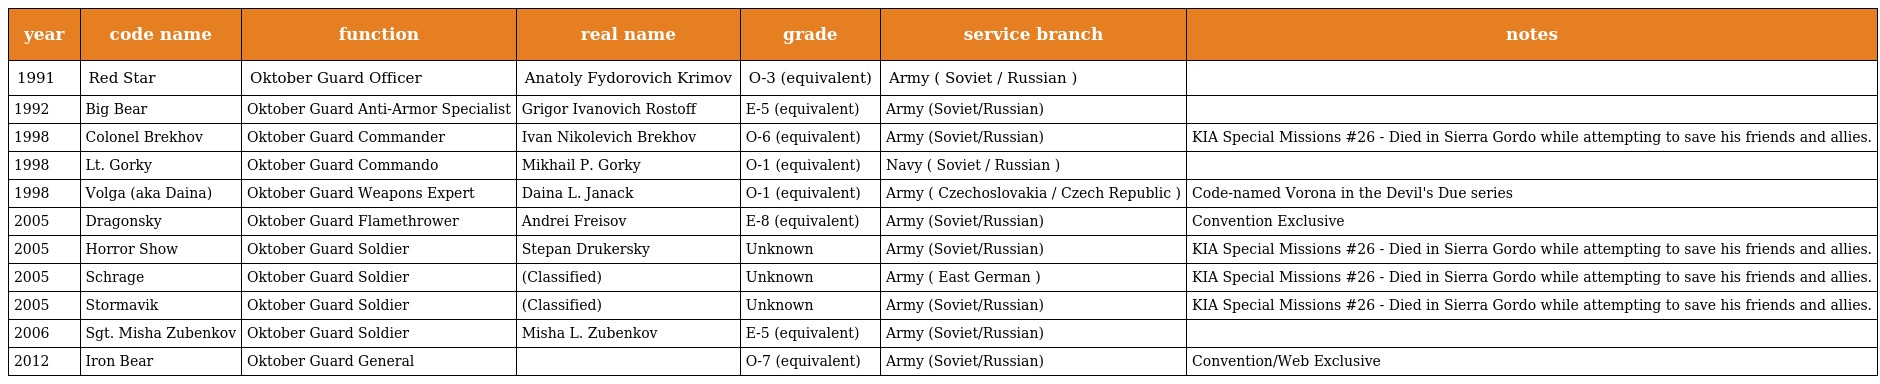
| year | code name | function | real name | grade | service branch | notes |
 | --- | --- | --- | --- | --- | --- | --- |
 | 1991 | Red Star | Oktober Guard Officer | Anatoly Fydorovich Krimov | O-3 (equivalent) | Army ( Soviet / Russian ) |  |
 | 1992 | Big Bear | Oktober Guard Anti-Armor Specialist | Grigor Ivanovich Rostoff | E-5 (equivalent) | Army (Soviet/Russian) |  |
 | 1998 | Colonel Brekhov | Oktober Guard Commander | Ivan Nikolevich Brekhov | O-6 (equivalent) | Army (Soviet/Russian) | KIA Special Missions #26 - Died in Sierra Gordo while attempting to save his friends and allies. |
 | 1998 | Lt. Gorky | Oktober Guard Commando | Mikhail P. Gorky | O-1 (equivalent) | Navy ( Soviet / Russian ) |  |
 | 1998 | Volga (aka Daina) | Oktober Guard Weapons Expert | Daina L. Janack | O-1 (equivalent) | Army ( Czechoslovakia / Czech Republic ) | Code-named Vorona in the Devil's Due series |
 | 2005 | Dragonsky | Oktober Guard Flamethrower | Andrei Freisov | E-8 (equivalent) | Army (Soviet/Russian) | Convention Exclusive |
 | 2005 | Horror Show | Oktober Guard Soldier | Stepan Drukersky | Unknown | Army (Soviet/Russian) | KIA Special Missions #26 - Died in Sierra Gordo while attempting to save his friends and allies. |
 | 2005 | Schrage | Oktober Guard Soldier | (Classified) | Unknown | Army ( East German ) | KIA Special Missions #26 - Died in Sierra Gordo while attempting to save his friends and allies. |
 | 2005 | Stormavik | Oktober Guard Soldier | (Classified) | Unknown | Army (Soviet/Russian) | KIA Special Missions #26 - Died in Sierra Gordo while attempting to save his friends and allies. |
 | 2006 | Sgt. Misha Zubenkov | Oktober Guard Soldier | Misha L. Zubenkov | E-5 (equivalent) | Army (Soviet/Russian) |  |
 | 2012 | Iron Bear | Oktober Guard General |  | O-7 (equivalent) | Army (Soviet/Russian) | Convention/Web Exclusive |